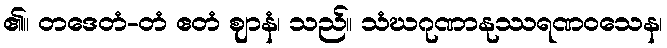
၏။ တဒေတံ-တံ ဧတံ ဈာနံ၊ သည်။ သံဃဂုဏာနုဿရဏဝသေန၊